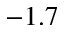
- 1 . 7